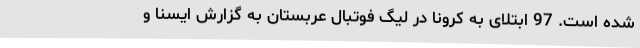
شده است. 97 ابتلای به کرونا در لیگ فوتبال عربستان به گزارش ایسنا و